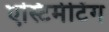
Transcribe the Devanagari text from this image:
एस्टिमेटिंग